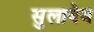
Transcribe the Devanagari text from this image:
सुलायेम